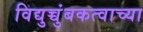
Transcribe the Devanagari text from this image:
विद्युच्चुंबकत्वाच्या